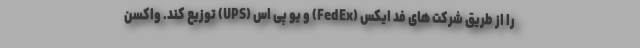
را از طریق شرکت های فد ایکس (FedEx) و یو پی اس (UPS) توزیع کند. واکسن